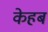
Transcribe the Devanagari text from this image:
केहब